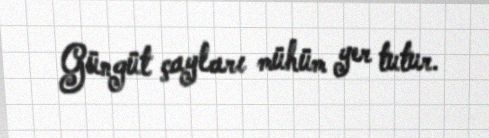
Güngüt çayları mühüm yer tutur.